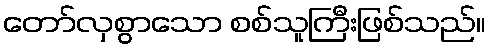
တော်လှစွာသော စစ်သူကြီးဖြစ်သည်။